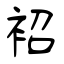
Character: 袑